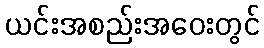
ယင်းအစည်းအဝေးတွင်